65_HS1-834228961_62-HQ-83894_Section_9
Agency: FBI
Page 59
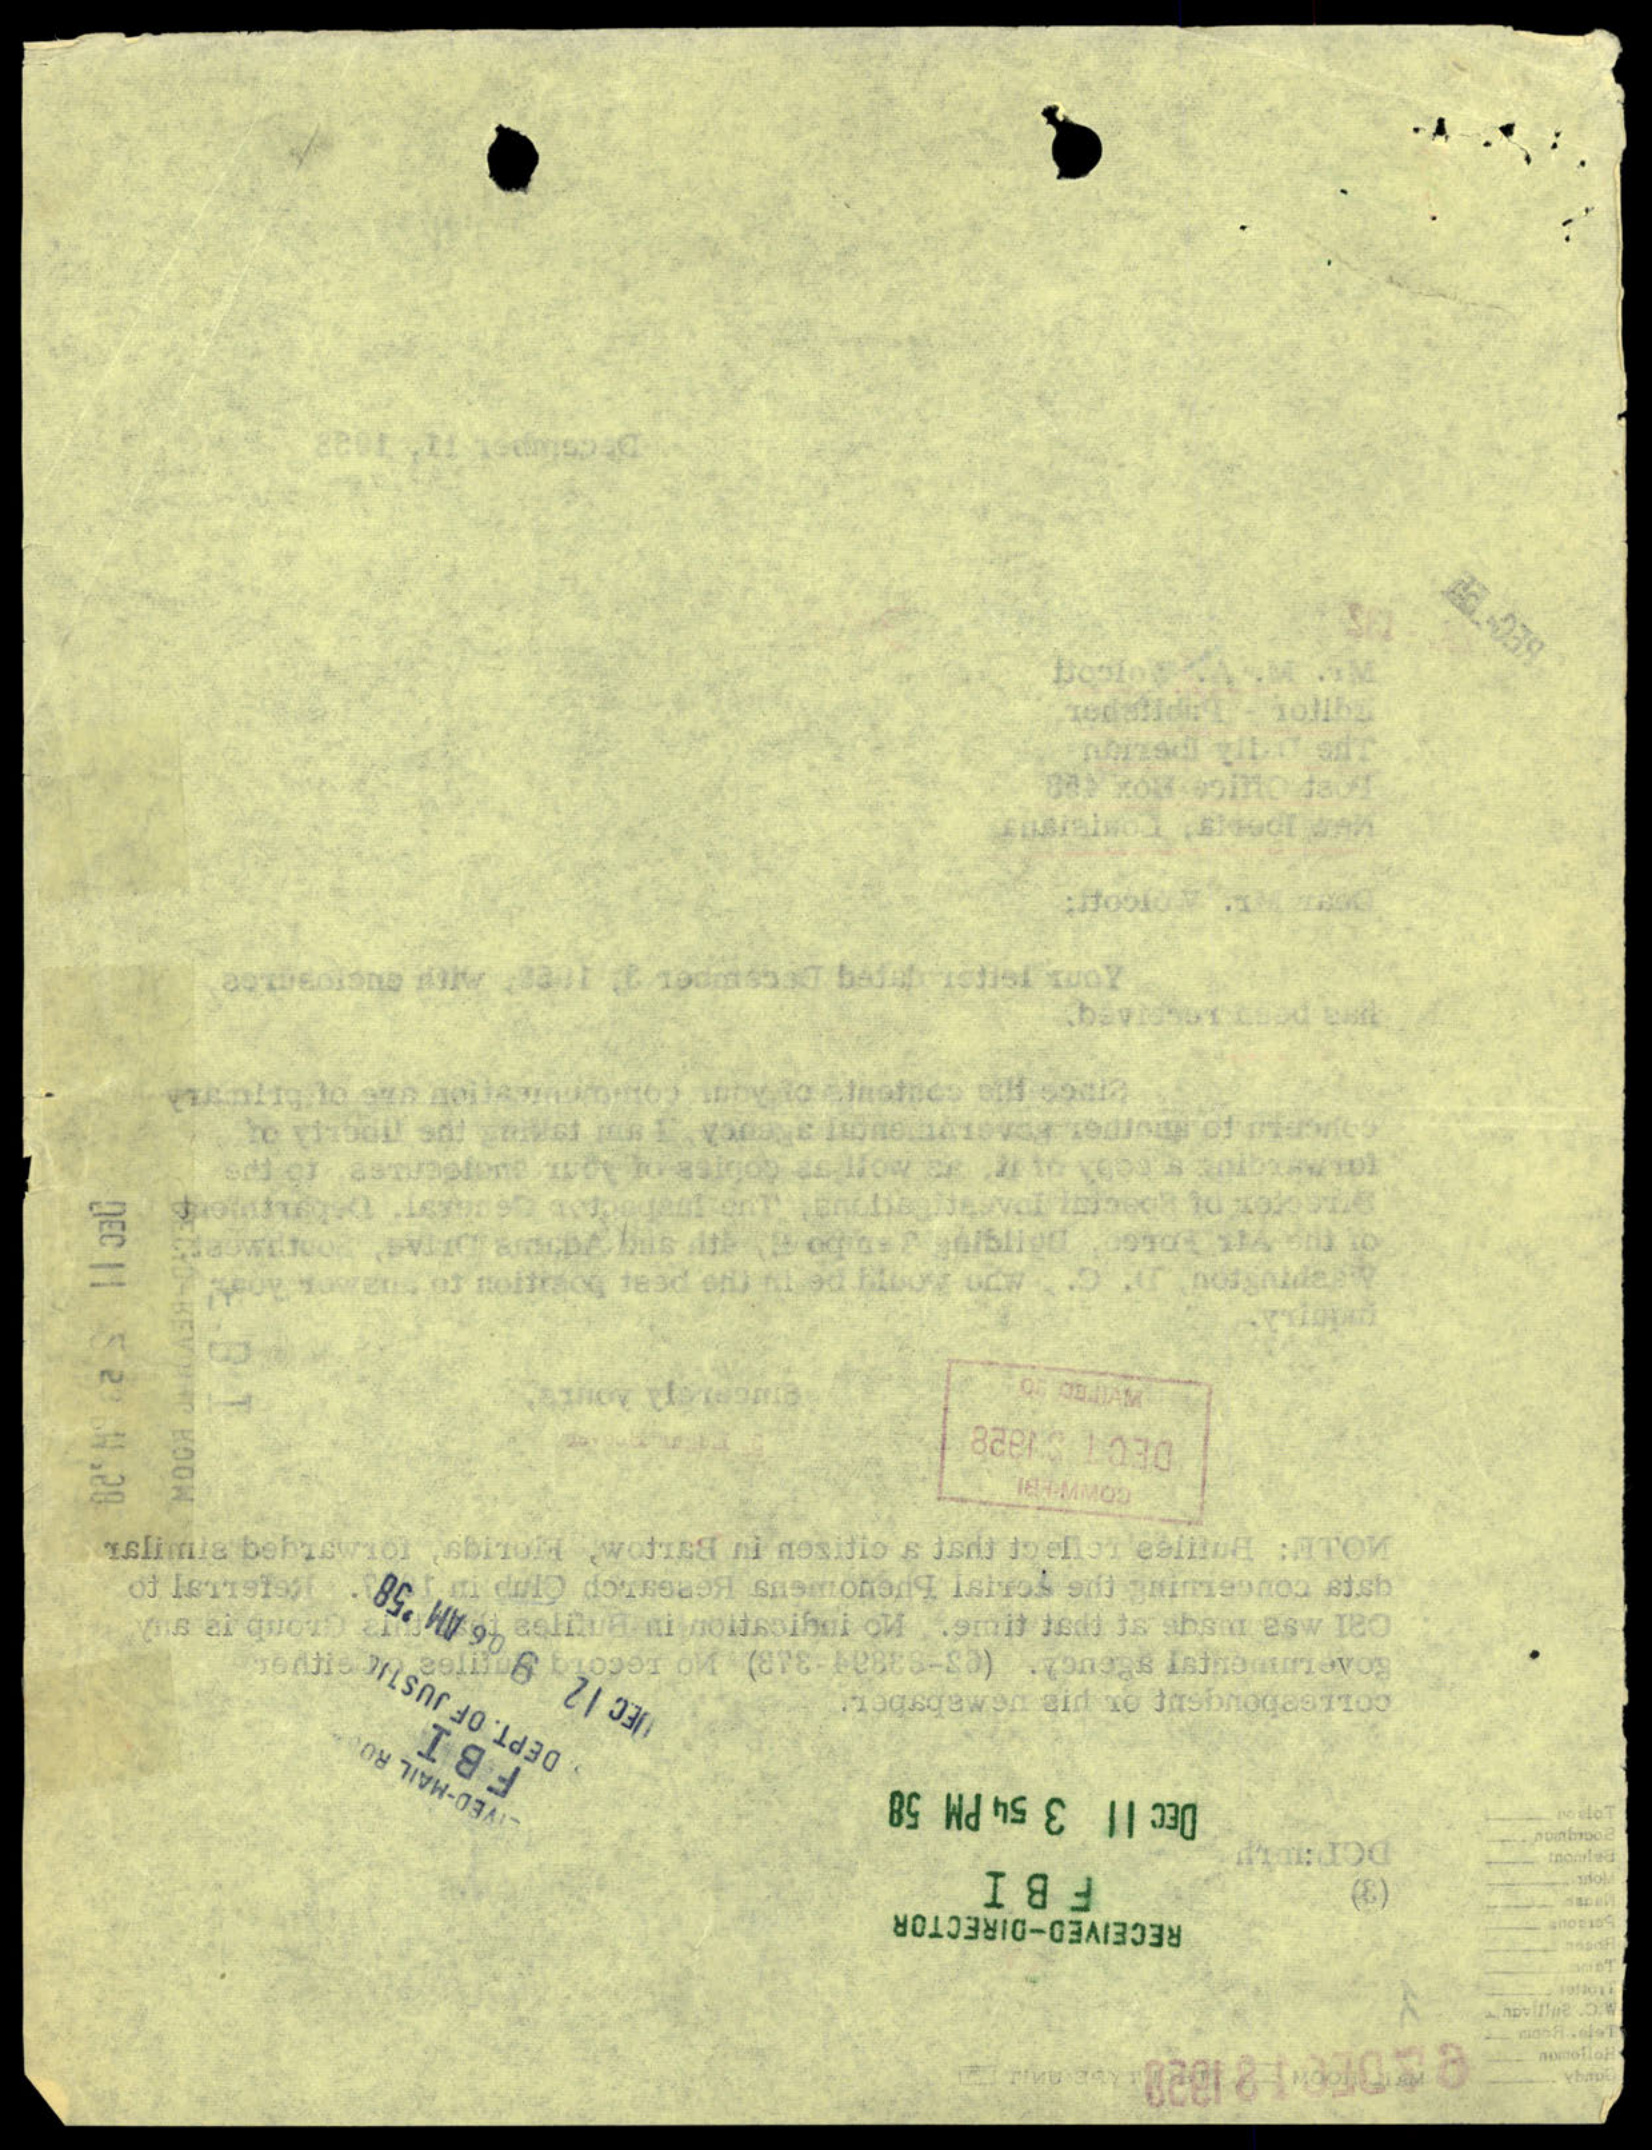